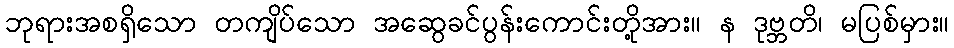
ဘုရားအစရှိသော တကျိပ်သော အဆွေခင်ပွန်းကောင်းတို့အား။ န ဒုဗ္ဘတိ၊ မပြစ်မှား။